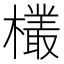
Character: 𬅆